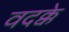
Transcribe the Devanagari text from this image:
वदक्के